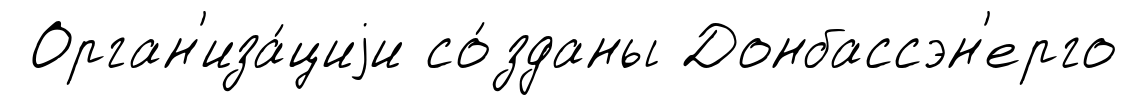
Орган'иза́циjи со́зданы Донбассэн'ерго